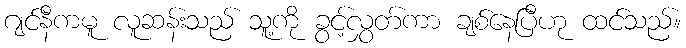
ဂျင်နီကမူ လူဆန်းသည် သူ့ကို ခွင့်လွှတ်ကာ ချစ်နေပြီဟု ထင်သည်။